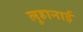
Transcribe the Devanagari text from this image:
लूहानाई